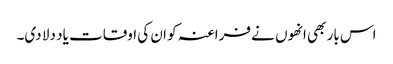
اس بار بھی انھوں نے فراعنہ کو ان کی اوقات یاد دلا دی۔